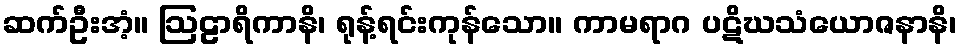
ဆက်ဦးအံ့။ ဩဠာရိကာနိ၊ ရုန့်ရင်းကုန်သော။ ကာမရာဂ ပဋိဃသံယောဇနာနိ၊